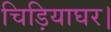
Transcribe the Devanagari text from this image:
चिड़ियाघर।